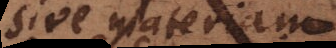
sive materiam